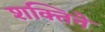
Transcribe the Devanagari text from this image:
शक्तिने